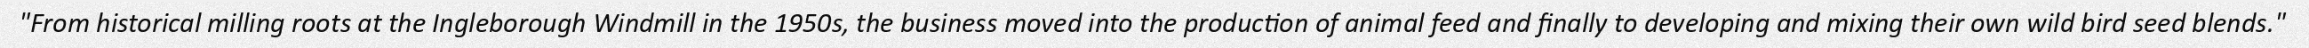
"From historical milling roots at the Ingleborough Windmill in the 1950s, the business moved into the production of animal feed and finally to developing and mixing their own wild bird seed blends."